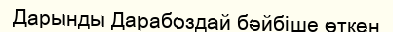
Дарынды Дарабоздай бәйбіше өткен